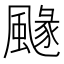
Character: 𩘐